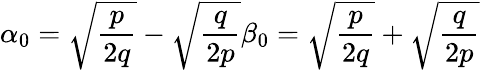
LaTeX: \alpha_{0}=\sqrt{{\frac{p}{2q}}}-\sqrt{{\frac{q}{2p}}}\beta_{0}=\sqrt{{\frac{p}{2q}}}+\sqrt{{\frac{q}{2p}}}